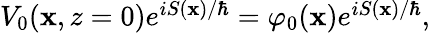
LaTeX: \begin{array}{r}{V_{0}(\mathbf{x},z=0)e^{iS(\mathbf{x})/\hbar}=\varphi_{0}(\mathbf{x})e^{iS(\mathbf{x})/\hbar},}\end{array}